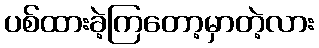
ပစ်ထားခဲ့ကြတော့မှာတဲ့လား